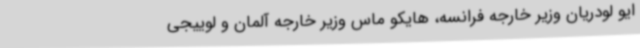
ایو لودریان وزیر خارجه فرانسه، هایکو ماس وزیر خارجه آلمان و لوییجی